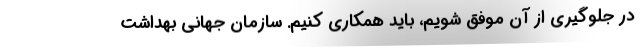
در جلوگیری از آن موفق شویم، باید همکاری کنیم. سازمان جهانی بهداشت